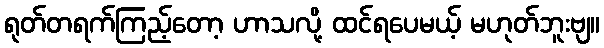
ရုတ်တရက်ကြည့်တော့ ဟာသလို့ ထင်ရပေမယ့် မဟုတ်ဘူးဗျ။